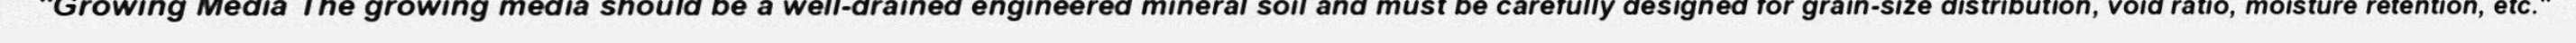
"Growing Media The growing media should be a well-drained engineered mineral soil and must be carefully designed for grain-size distribution, void ratio, moisture retention, etc."